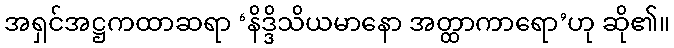
အရှင်အဋ္ဌကထာဆရာ ‘နိဒ္ဒိသိယမာနော အတ္ထာကာရော’ဟု ဆို၏။